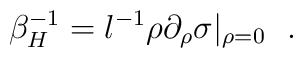
\beta^{-1}_H=l^{-1}\rho \partial_\rho \sigma |_{\rho=0}~~.